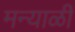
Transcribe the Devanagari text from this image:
मन्याळी